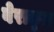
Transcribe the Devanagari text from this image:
वेराकृज़